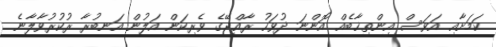
ކަމަށާއި އަވަސް އިިންތިޚާބެއް އޮންނަ ދުވަހު ރާއްޖޭގެ ވެރިކަން އަލުން އަނބުރާ ރުކުރުވާލާނެ